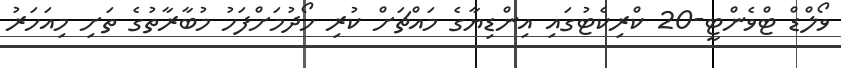
ވޯލްޑް ޓްވެންޓީ-20 ކްރިކެޓުގައި އިންޑިޔާގެ މައްޗަށް ކުރި ހޯދުމަށްފަހު މުބާރާތުގެ ތަށި މިއަހަރު